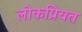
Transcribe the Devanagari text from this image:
लोकप्रियत